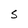
Character: S